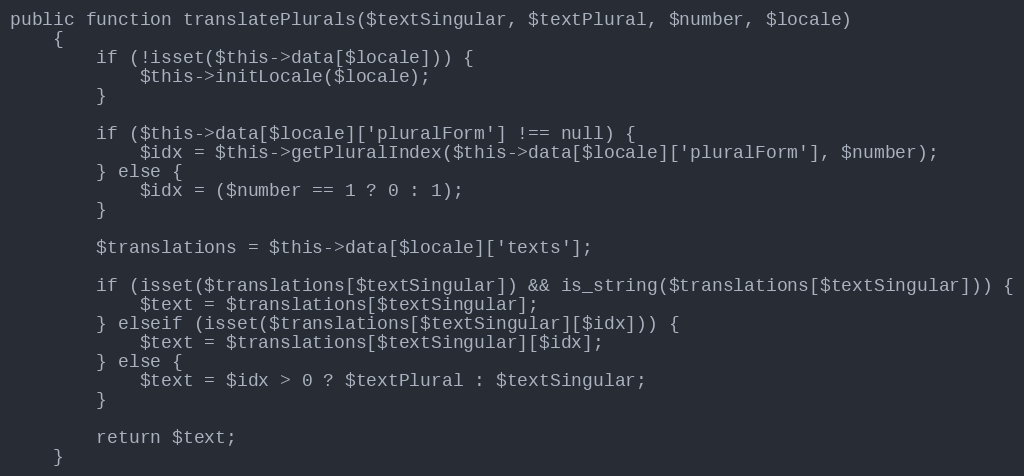
Language: PHP
public function translatePlurals($textSingular, $textPlural, $number, $locale)
    {
        if (!isset($this->data[$locale])) {
            $this->initLocale($locale);
        }

        if ($this->data[$locale]['pluralForm'] !== null) {
            $idx = $this->getPluralIndex($this->data[$locale]['pluralForm'], $number);
        } else {
            $idx = ($number == 1 ? 0 : 1);
        }

        $translations = $this->data[$locale]['texts'];

        if (isset($translations[$textSingular]) && is_string($translations[$textSingular])) {
            $text = $translations[$textSingular];
        } elseif (isset($translations[$textSingular][$idx])) {
            $text = $translations[$textSingular][$idx];
        } else {
            $text = $idx > 0 ? $textPlural : $textSingular;
        }

        return $text;
    }